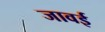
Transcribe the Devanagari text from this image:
जावई